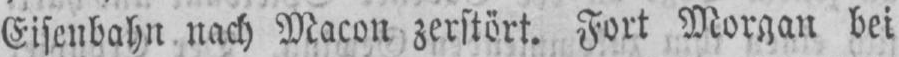
Eisenbahn nach Macon zerstört. Fort Morgan bei